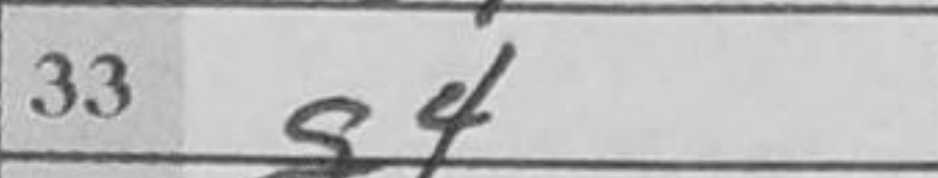
Transcription: g4